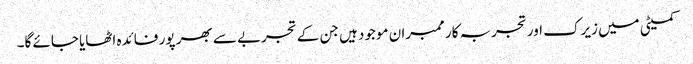
کمیٹی میں زیرک اور تجربہ کار ممبران موجود ہیں جن کے تجربے سے بھر پور فائدہ اٹھایا جائے گا۔